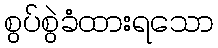
စွပ်စွဲခံထားရသော